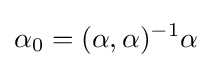
\alpha _{0}=(\alpha ,\alpha )^{-1}\alpha